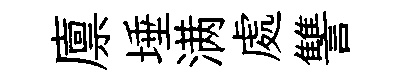
廪埵满處讐